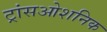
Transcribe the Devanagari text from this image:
ट्रांसओशनिक